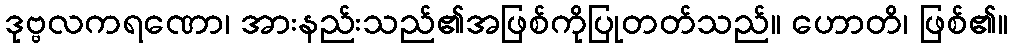
ဒုဗ္ဗလကရဏော၊ အားနည်းသည်၏အဖြစ်ကိုပြုတတ်သည်။ ဟောတိ၊ ဖြစ်၏။